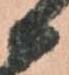
候